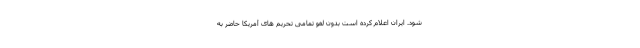
شود. ایران اعلام کرده است بدون لغو تمامی تحریم های آمریکا حاضر به